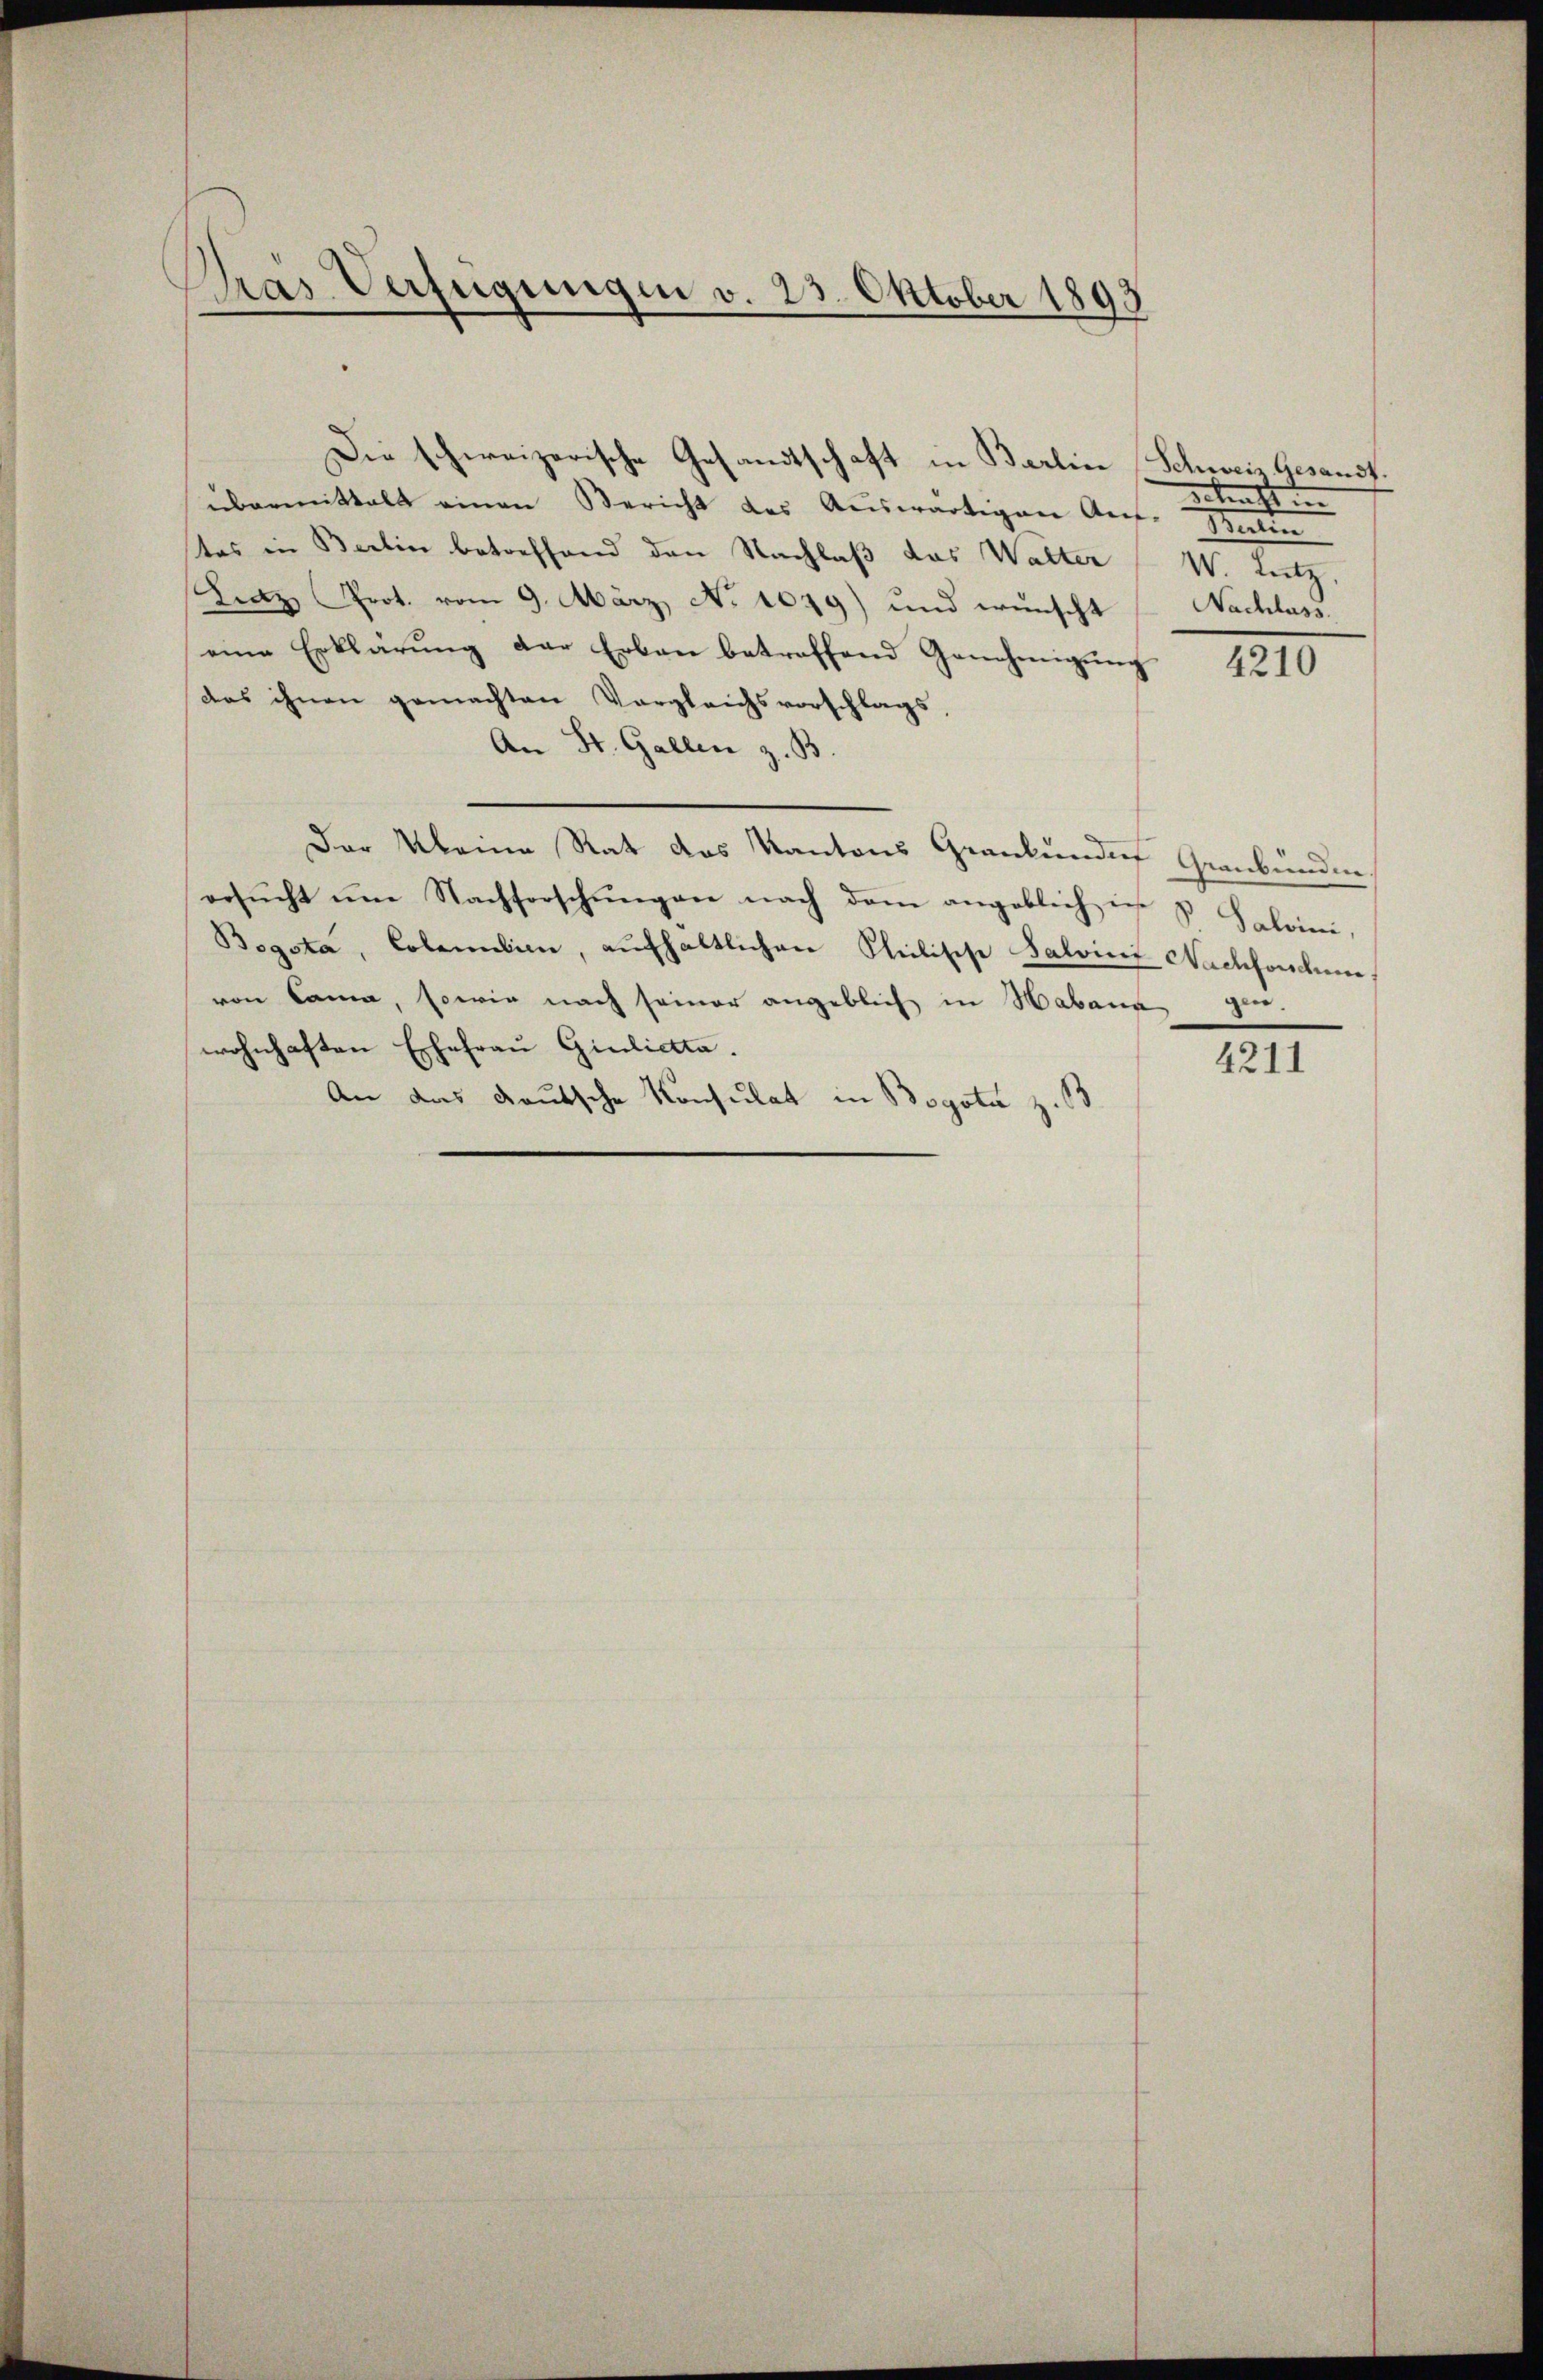
Pras Verfügungen v. 25. Oktober 1893

übermittelt einen Bericht des Auswärtigen Ant. He
tas in Berlin betreffend den Nachlaß das Walter W. Lutz,
Linz Prot. vom 9. März. No 1099) und wünscht Nachlass
eine Erklärŭng der Erbau betreffend Genehmigŭng
das ihnen gemachten Vergleichsvorschlags,
An St. Gallen z. B.
Der Kleine Rat des Kantons Grankundes Graubünden.
ersŭcht ŭm Nachforschŭngen nach dem angeblich in v. Salvini,
Bogota, Colemilien, aufhaltlichen Philische Salvinz Nachforden,
von Cama, sowie nach seiner angeblich in Habaur ge
wohnhaften Ehefrau Giuliotta.
An das deutsche Konsulat in Bogota z. B.

Die schweizerische Gesandtschaft in Barlin Schweiz. Gesandt.

Betraft in

4210

4211